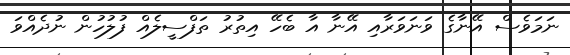
ނަމަވެސް އޭނާގެ ވަނަވަރާއި އޭނާ އާ ބެހޭ އިތުރު ތަފްސީލެއް ފުލުހުން ނުދެއްވަ